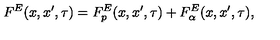
F ^ { E } ( x , x ^ { \prime } , \tau ) = F _ { p } ^ { E } ( x , x ^ { \prime } , \tau ) + F _ { \alpha } ^ { E } ( x , x ^ { \prime } , \tau ) ,